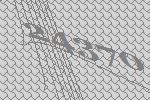
24370